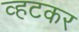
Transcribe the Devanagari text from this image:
व्हटकर